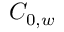
C _ { 0 , w }